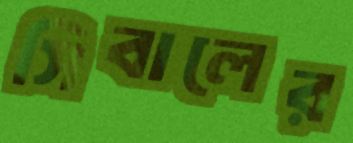
সিবালের